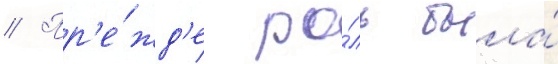
// Пр'е́жд'е ро́ль была́